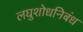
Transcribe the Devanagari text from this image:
लघुशोधनिबंध